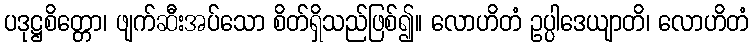
ပဒုဋ္ဌစိတ္တော၊ ဖျက်ဆီးအပ်သော စိတ်ရှိသည်ဖြစ်၍။ လောဟိတံ ဥပ္ပါဒေယျာတိ၊ လောဟိတံ